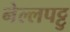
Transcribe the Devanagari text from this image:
नेल्‍लपट्टु